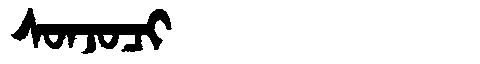
Manchu: ᠰᠣᠨᠵᠣᠴᡳ
Romanization: SONJOCI